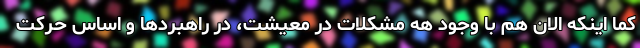
کما اینکه الان هم با وجود هه مشکلات در معیشت، در راهبردها و اساس حرکت